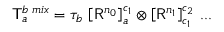
{ \sf T } _ { a } ^ { b \; m i x } = \tau _ { b } \, \left[ { \sf R } ^ { n _ { 0 } } \right] _ { a } ^ { c _ { 1 } } \otimes \left[ { \sf R } ^ { n _ { 1 } } \right] _ { c _ { 1 } } ^ { c _ { 2 } } \, . . . \,